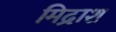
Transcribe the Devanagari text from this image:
मिद्राश